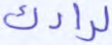
لرادك